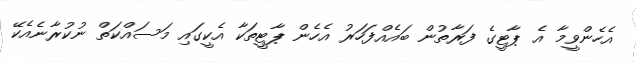
އެހެންވީމާ އެ ޕާޓީގެ ފަރާތުން ބައެއްފަހަރު އެހެން ޕާޓީތަކާ އެކީގައި މަސައްކަތް ނުކުރާނެއެކޭ